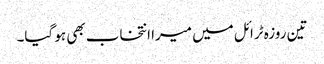
تین روزہ ٹرائل میں میرا انتخاب بھی ہو گیا۔